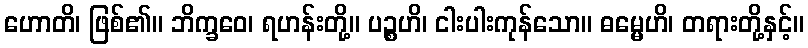
ဟောတိ၊ ဖြစ်၏။ ဘိက္ခဝေ၊ ရဟန်းတို့။ ပဉ္စဟိ၊ ငါးပါးကုန်သော။ ဓမ္မေဟိ၊ တရားတို့နှင့်။